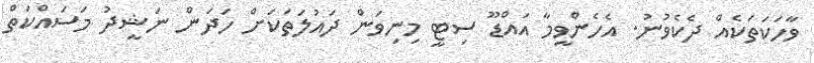
ވާހަކަތަކެއް ދެކެވުނު. އެހެންވީމާ އައްޑޫ ސިޓީ މިނިވަން ދައުލަތަކަށް ހަދަން ނަޝީދު މަސައްކަތް